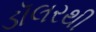
ડૉલરથી